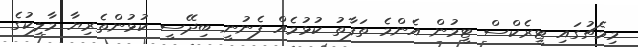
މިމެޗުގައި ޓީރެކްސް ޓީމުން އެންމެ ތަފާތު ކުޅުމެއް ފެނުނީ ބިދޭސީ ކުޅުންތެރިޔާ މާލިކުގެ